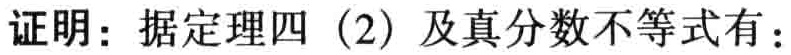
证明：据定理四（2）及真分数不等式有：